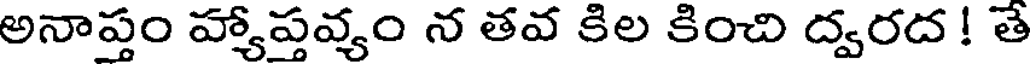
అనాప్తం హ్యాప్తవ్యం న తవ కిల కించి ద్వరద ! తే